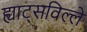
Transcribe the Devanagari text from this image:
ह्याट्सविल्ले